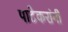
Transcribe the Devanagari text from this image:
पाटेकरांनी